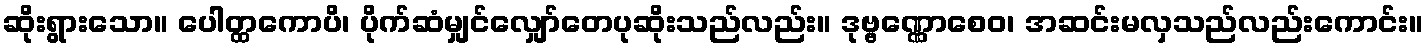
ဆိုးရွားသော။ ပေါတ္ထကောပိ၊ ပိုက်ဆံမျှင်လျှော်တေပုဆိုးသည်လည်း။ ဒုဗ္ဗဏ္ဏောစေဝ၊ အဆင်းမလှသည်လည်းကောင်း။